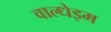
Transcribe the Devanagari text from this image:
वाल्धेइम